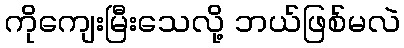
ကိုကျေးမြီးသေလို့ ဘယ်ဖြစ်မလဲ